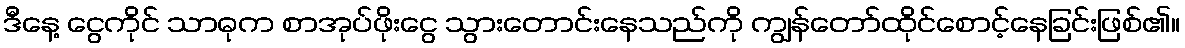
ဒီနေ့ ငွေကိုင် သာဓုက စာအုပ်ဖိုးငွေ သွားတောင်းနေသည်ကို ကျွန်တော်ထိုင်စောင့်နေခြင်းဖြစ်၏။